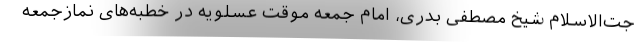
جت‌الاسلام شیخ مصطفی بدری، امام جمعه موقت عسلویه در خطبه‌های نمازجمعه